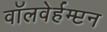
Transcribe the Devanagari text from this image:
वॉलवेर्हम्प्टन